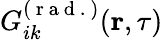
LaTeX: G_{ik}^{(\mathrm{~r~a~d~.~})}(\textbf{r},\tau)